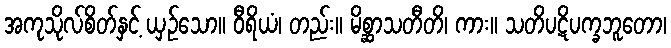
အကုသိုလ်စိတ်နှင့် ယှဉ်သော။ ဝီရိယံ၊ တည်း။ မိစ္ဆာသတီတိ၊ ကား။ သတိပဋိပက္ခဘူတော၊